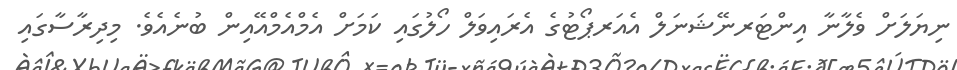
ނިޔަލަށް ވެލާނާ އިންޓަރނޭޝަނަލް އެއަރޕޯޓުގެ އެރައިވަލް ހޯލުގައި ކަމަށް އެމްއެމްއޭއިން ބުނެއެވެ. މިދިރާސާގައި